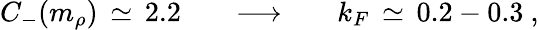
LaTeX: C_{-}(m_{\rho})\, \simeq\, 2.2\; \; \; \; \; \; \longrightarrow\; \; \; \; \; \; k_{F}\, \simeq\, 0.2-0.3~,